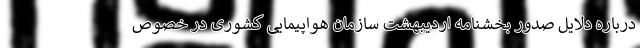
درباره دلایل صدور بخشنامه اردیبهشت سازمان هواپیمایی کشوری در خصوص